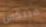
فينكس